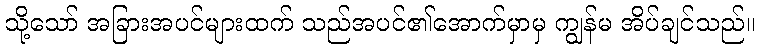
သို့သော် အခြားအပင်များထက် သည်အပင်၏အောက်မှာမှ ကျွန်မ အိပ်ချင်သည်။